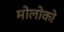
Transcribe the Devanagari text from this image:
मोलोको